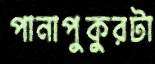
পানাপুকুরটা